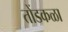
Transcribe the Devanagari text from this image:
तोंडकळा